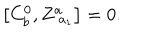
\left[ C _ { b } ^ { 0 } , Z _ { \; a _ { 1 } } ^ { a } \right] = 0 .